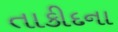
તાકીદના